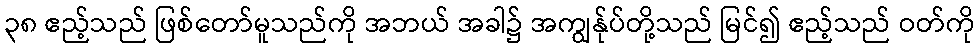
၃၈ ဧည့်သည် ဖြစ်တော်မူသည်ကို အဘယ် အခါ၌ အကျွန်ုပ်တို့သည် မြင်၍ ဧည့်သည် ဝတ်ကို